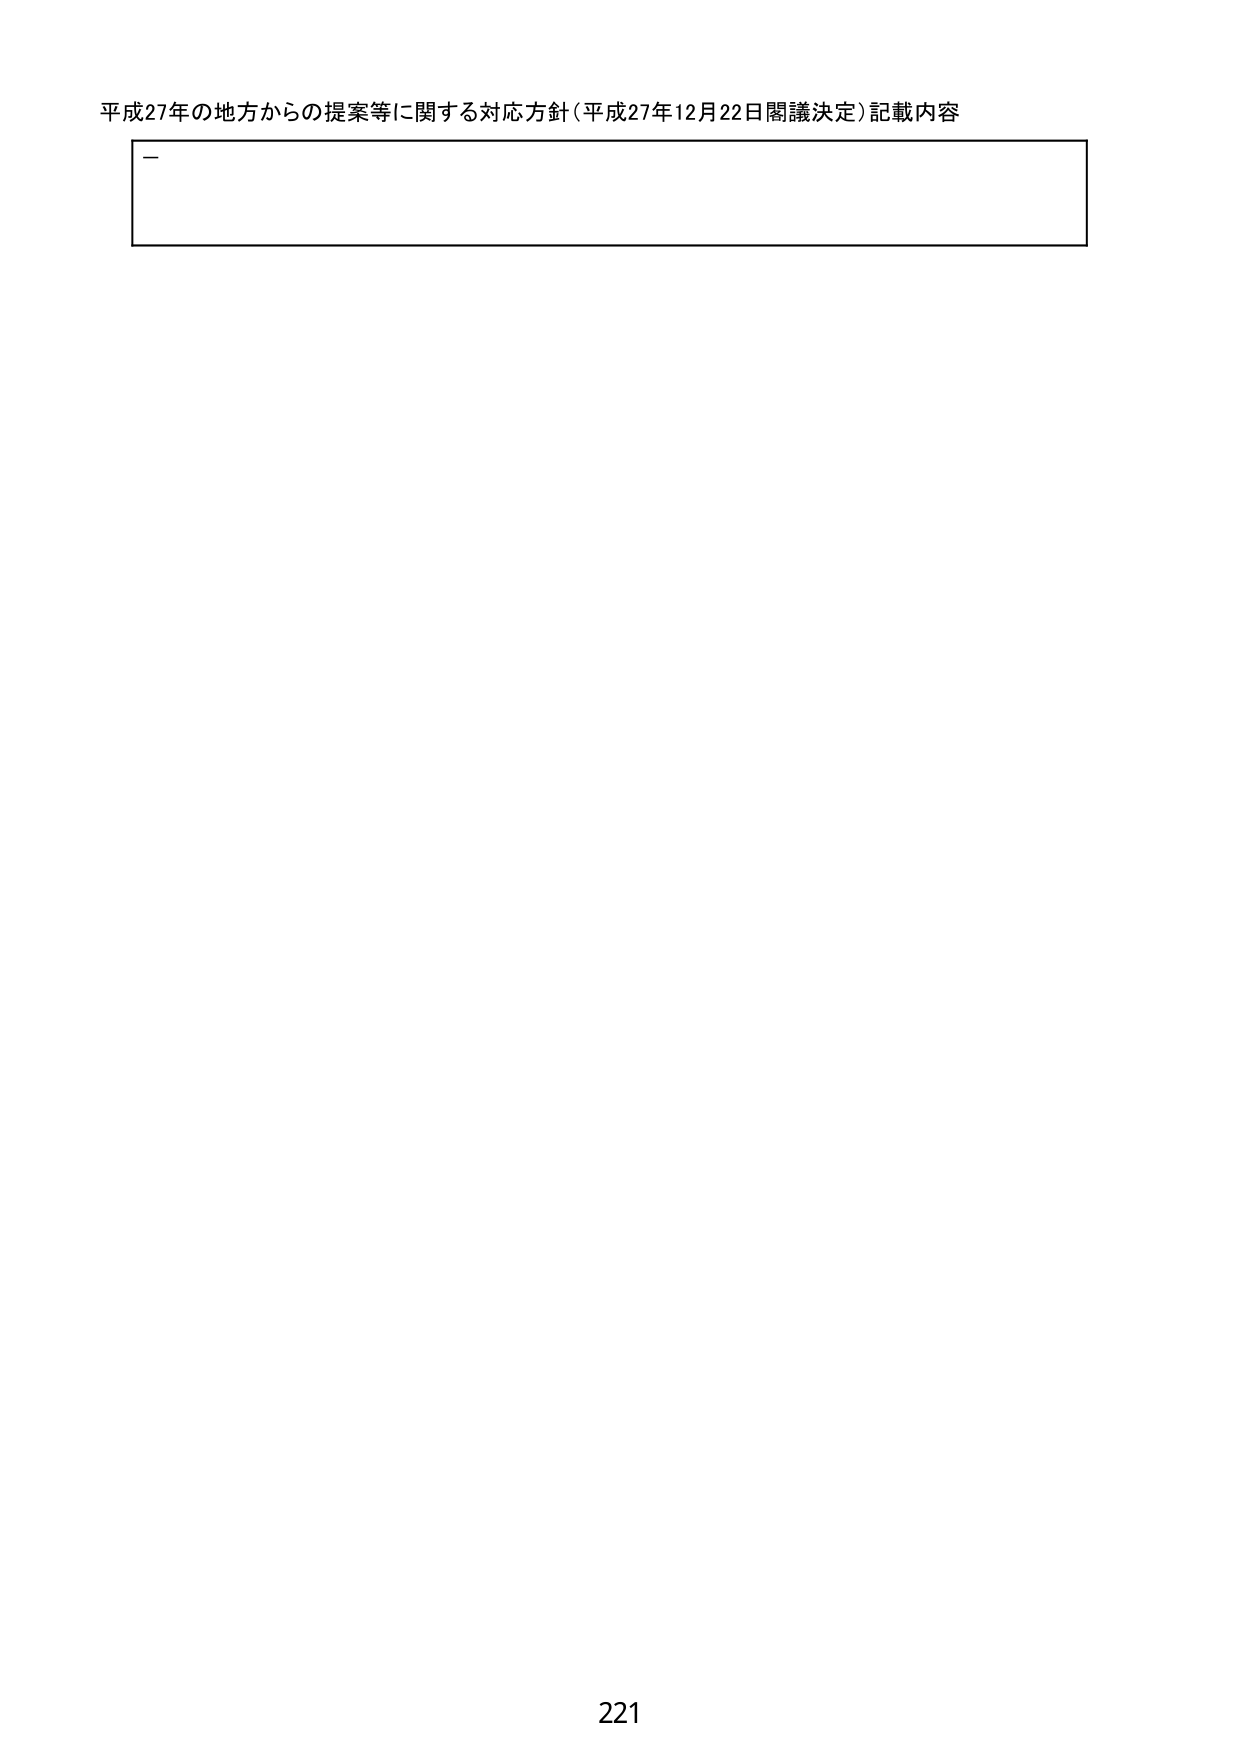
平成27年の地方からの提案等に関する対応方針（平成27年12月22日閣議決定）記載内容
－
221